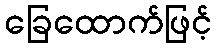
ခြေထောက်ဖြင့်